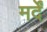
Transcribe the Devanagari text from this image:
मर्दें